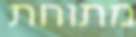
מתוחת